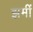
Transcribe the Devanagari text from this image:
झमीं